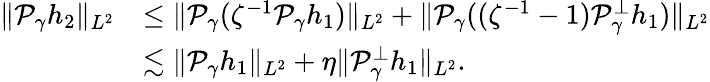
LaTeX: \begin{array}{rl}{\| \mathcal P_{\gamma}h_{2}\| _{L^{2}}}&{\leq\| \mathcal P_{\gamma}(\zeta^{-1}\mathcal P_{\gamma}h_{1})\| _{L^{2}}+\| \mathcal P_{\gamma}((\zeta^{-1}-1)\mathcal P_{\gamma}^{\perp}h_{1})\| _{L^{2}}}\\ &{\lesssim\| \mathcal P_{\gamma}h_{1}\| _{L^{2}}+\eta\| \mathcal P_{\gamma}^{\perp}h_{1}\| _{L^{2}}.}\end{array}